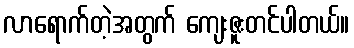
လာရောက်တဲ့အတွက် ကျေးဇူးတင်ပါတယ်။